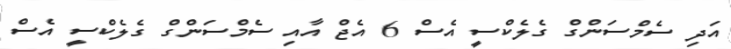
އަދި ސެމްސަންގް ގެލެކްސީ އެސް 6 އެޖް އާއި ސެމްސަންގް ގެލެކްސީ އެސް